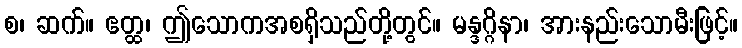
စ၊ ဆက်။ ဧတ္ထ၊ ဤသောကအစရှိသည်တို့တွင်။ မန္ဒဂ္ဂိနာ၊ အားနည်းသောမီးဖြင့်။